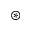
\circledast